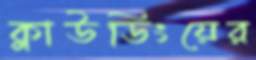
ক্লাউডিংয়ের